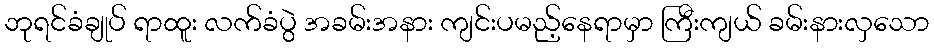
ဘုရင်ခံချုပ် ရာထူး လက်ခံပွဲ အခမ်းအနား ကျင်းပမည့်နေရာမှာ ကြီးကျယ် ခမ်းနားလှသော